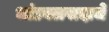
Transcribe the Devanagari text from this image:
भांडवलवादाचे